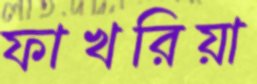
ফাখরিয়া